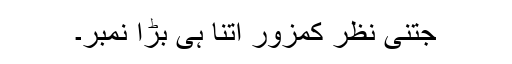
جتنی نظر کمزور اتنا ہی بڑا نمبر۔